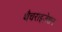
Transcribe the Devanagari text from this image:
थैचराइज़ेशन